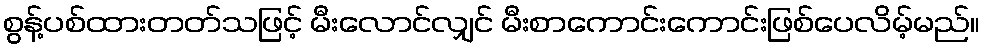
စွန့်ပစ်ထားတတ်သဖြင့် မီးလောင်လျှင် မီးစာကောင်းကောင်းဖြစ်ပေလိမ့်မည်။